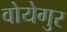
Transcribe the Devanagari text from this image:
वोयेगुर